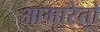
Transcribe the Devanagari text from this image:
आमारेतो